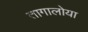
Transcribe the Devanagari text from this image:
तागालोया